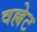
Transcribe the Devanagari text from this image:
वल्लेट